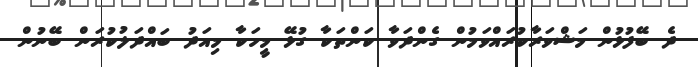
ދެ ބޭފުޅުން މަޝްވަރާކުރައްވަމުން ގެންދަވާ ކަންތަކާ ގުޅޭ މީހަކާ މިއަދު ބައްދަލުކުރަން ބޭނުން